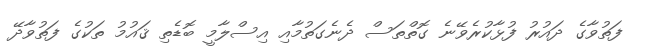
ފަތުވާގެ ދައުރު ފުޅާކުރެވޭނެ ގޮތްތަސް ދެނެގަތުމާއި އިސްލާމީ ބޮޑެތި ޤައުމު ތަކުގެ ފަތުވާދޭ